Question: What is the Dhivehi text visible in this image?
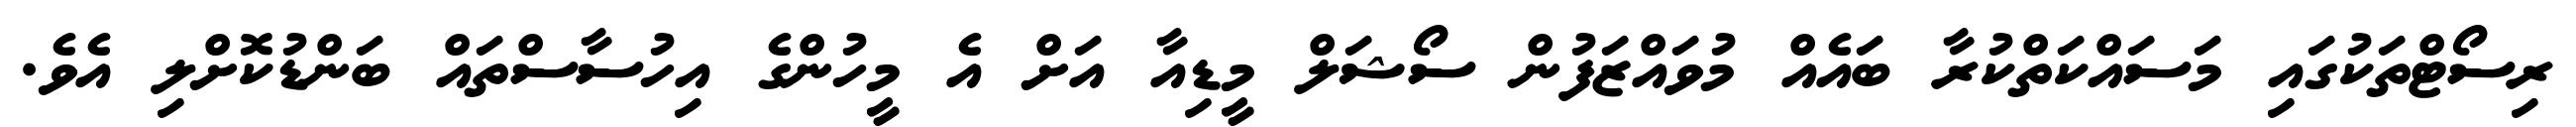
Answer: ރިސޯޓްތަކުގައި މަސައްކަތްކުރާ ބައެއް މުވައްޒަފުން ސޯޝަލް މީޑިއާ އަށް އެ މީހުންގެ އިހުސާސްތައް ބަންޑުކޮށްލި އެވެ.